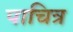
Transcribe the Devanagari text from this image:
पाचित्र